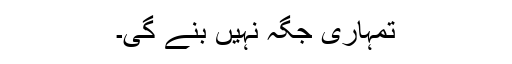
تمہاری جگہ نہیں بنے گی۔